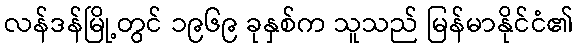
လန်ဒန်မြို့တွင် ၁၉၆၉ ခုနှစ်က သူသည် မြန်မာနိုင်ငံ၏